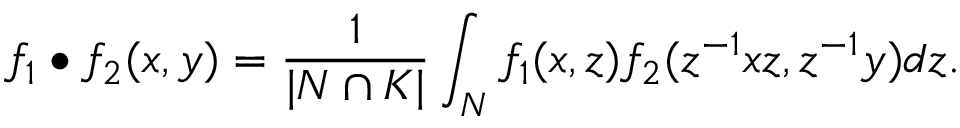
f _ { 1 } \bullet f _ { 2 } ( x , y ) = \frac { 1 } { | N \cap K | } \int _ { N } f _ { 1 } ( x , z ) f _ { 2 } ( z ^ { - 1 } x z , z ^ { - 1 } y ) d z .